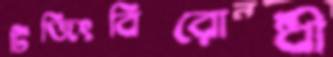
টিজিংবিরোধী